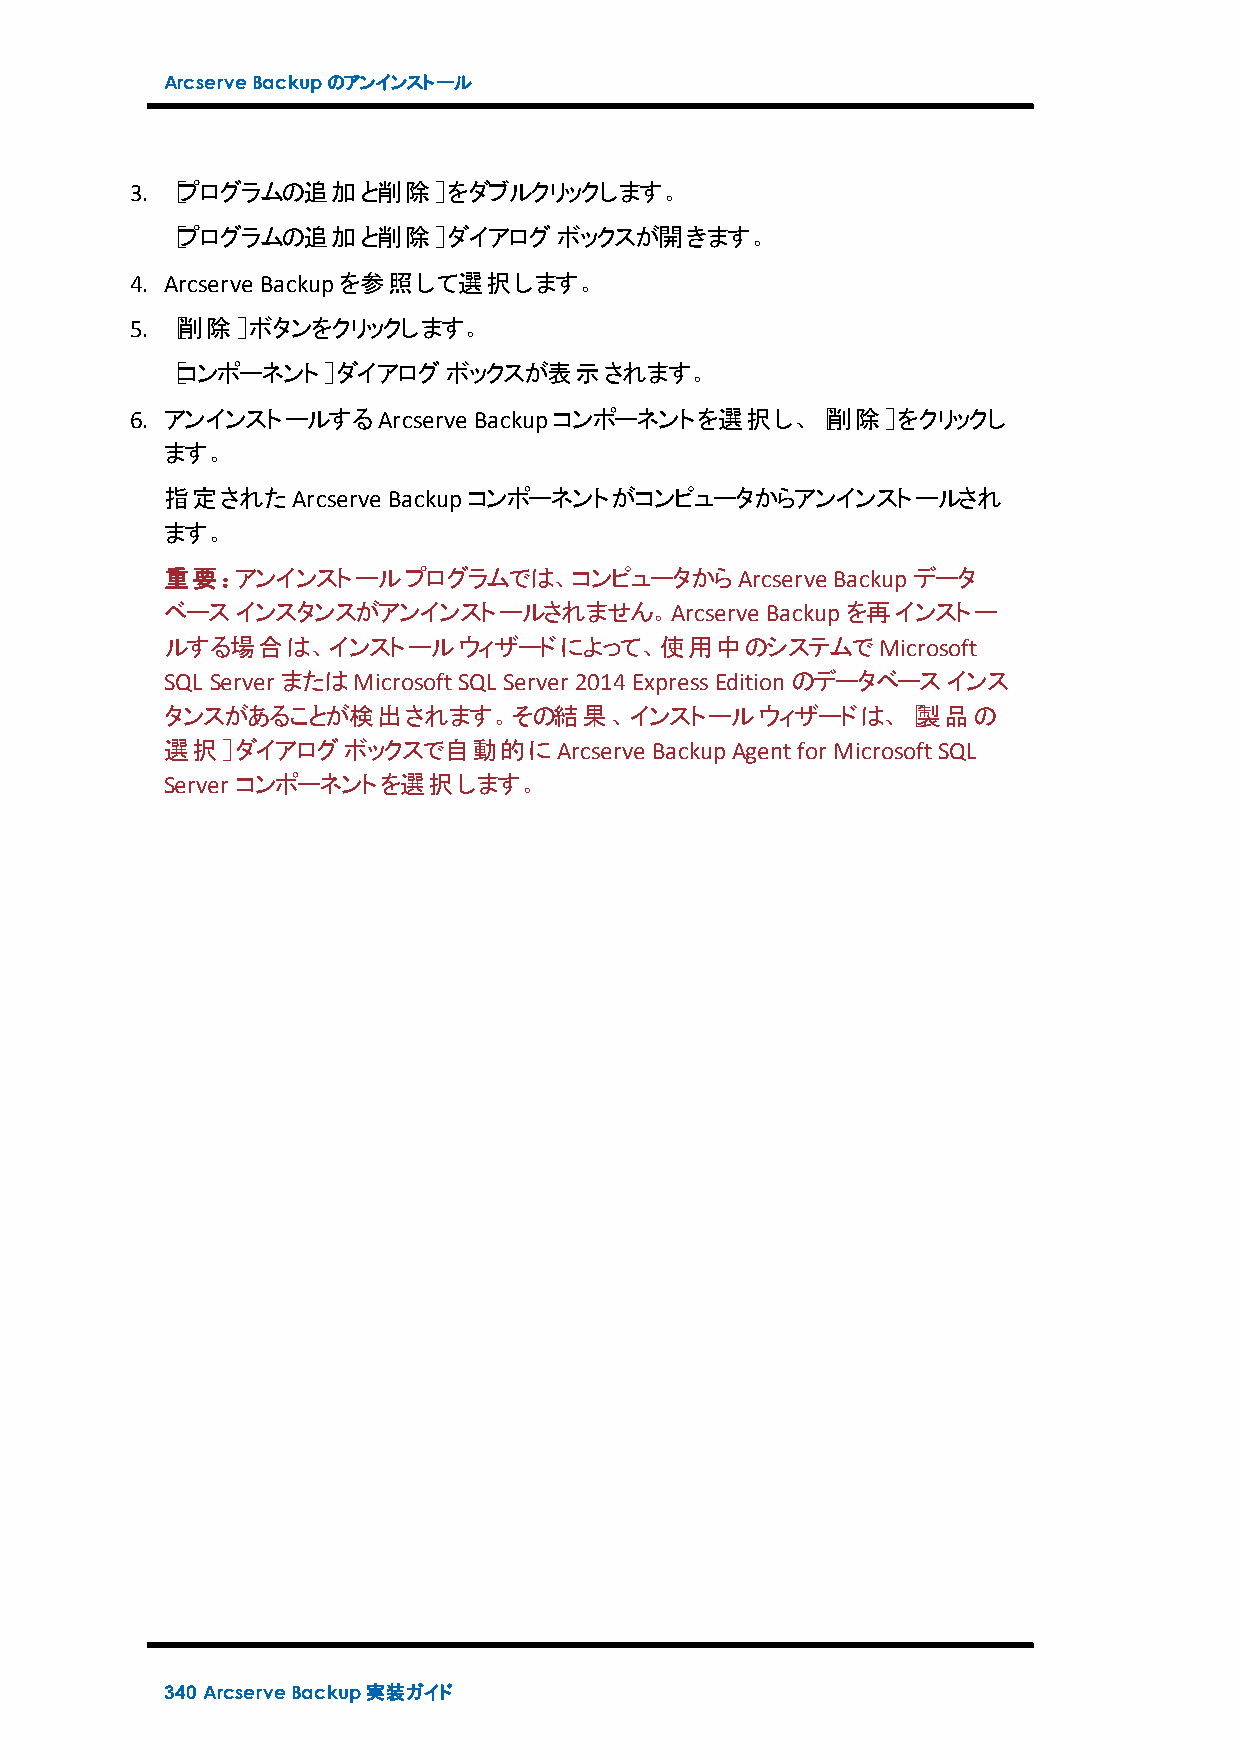
ArcserveBackupのアンインストール
 3. ［プログラムの追加と削除］をダブルクリックします。
 ［プログラムの追加と削除］ダイアログボックスが開きます。
 4. Arcserve Backupを参照して選択します。
 5. ［削除］ボタンをクリックします。
 ［コンポーネント］ダイアログボックスが表示されます。
 6. アンインストールするArcserve Backupコンポーネントを選択し、［削除］をクリックし
 ます。
 指定されたArcserve  Backupコンポーネントがコンピュータからアンインストールされ
 ます。
 重要：アンインストールプログラムでは、コンピュータからArcserve         Backupデータ
 ベースインスタンスがアンインストールされません。Arcserve        Backupを再インストー
 ルする場合は、インストールウィザードによって、使用中のシステムでMicrosoft
 SQL Server またはMicrosoftSQL Server 2014ExpressEditionのデータベースインス
 タンスがあることが検出されます。その結果、インストールウィザードは、［製品の
 選択］ダイアログボックスで自動的にArcserve       BackupAgentfor MicrosoftSQL
 Server コンポーネントを選択します。
 340 ArcserveBackup実装ガイド